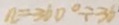
n = 3 6 0 ^ { \circ } \div 3 6